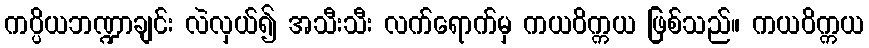
ကပ္ပိယဘဏ္ဍာချင်း လဲလှယ်၍ အသီးသီး လက်ရောက်မှ ကယဝိက္ကယ ဖြစ်သည်။ ကယဝိက္ကယ